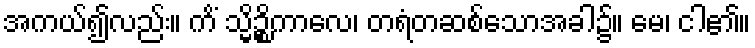
အကယ်၍လည်း။ ကိံ သ္မိဉ္စိကာလေ၊ တရံတဆစ်သောအခါ၌။ မေ၊ ငါ၏။